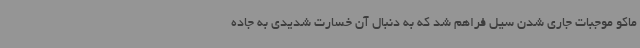
ماکو موجبات جاری شدن سیل فراهم شد که به دنبال آن خسارت شدیدی به جاده